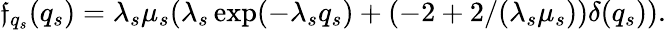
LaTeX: \mathfrak{f}_{q_{s}}(q_{s})=\lambda_{s}\mu_{s}(\lambda_{s}\exp(-\lambda_{s}q_{s})+(-2+2/(\lambda_{s}\mu_{s}))\delta(q_{s})).